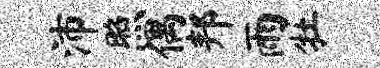
沛照偶邦雨牡